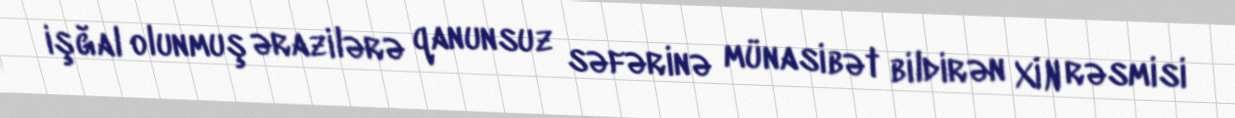
işğal olunmuş ərazilərə qanunsuz səfərinə münasibət bildirən XİN rəsmisi